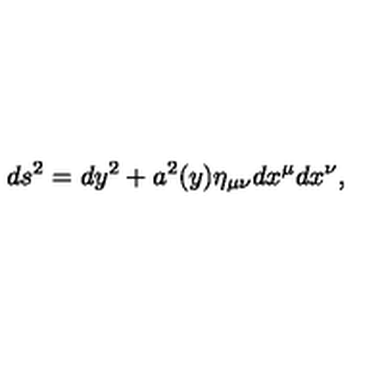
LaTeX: d s ^ { 2 } = d y ^ { 2 } + a ^ { 2 } ( y ) \eta _ { \mu \nu } d x ^ { \mu } d x ^ { \nu } ,